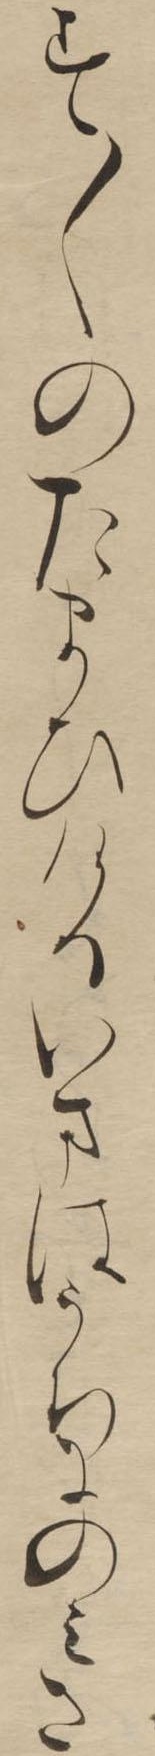
す〱のたまひけるいまはうちにのみさ